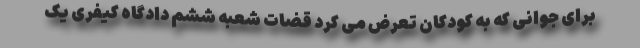
برای جوانی که به کودکان تعرض می کرد قضات شعبه ششم دادگاه کیفری یک